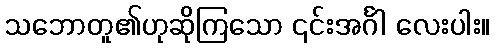
သဘောတူ၏ဟုဆိုကြသော ၎င်းအင်္ဂါ လေးပါး။